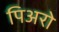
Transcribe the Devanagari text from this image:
पिअरो